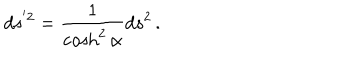
LaTeX: d s ^ { ' 2 } = \frac { 1 } { \cosh ^ { 2 } \alpha } d s ^ { 2 } \, .